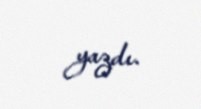
yazdı.